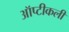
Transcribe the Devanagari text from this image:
ऑप्टीकली